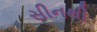
સીનથી